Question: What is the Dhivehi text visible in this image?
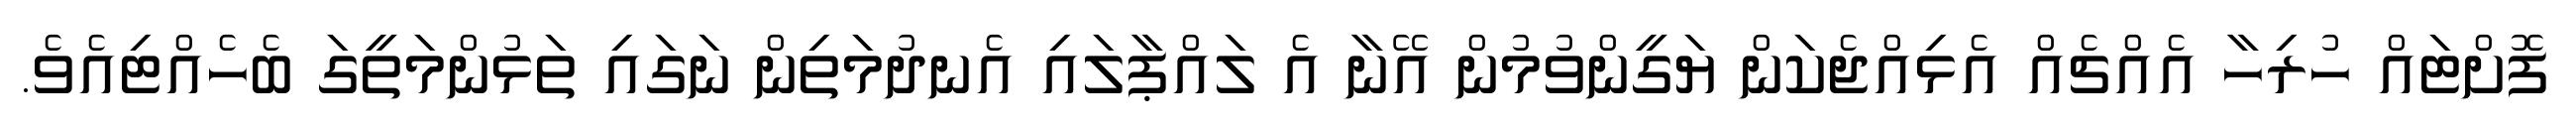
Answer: ފޮށްޓައް ހުރިހާ އެއްޗެއް އެޅިއްޖެކަން ޔަގީންވުމުން އޭނާ އެ ލައްޕާލައި އެނދުމަތިން ނަގައި ތަޅުންމަތީގަ ބެހެއްޓިއެވެ.